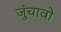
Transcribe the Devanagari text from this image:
जुंचावो